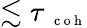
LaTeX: \lesssim\tau{_{\mathrm{~\scriptsize~c~o~h~}}}